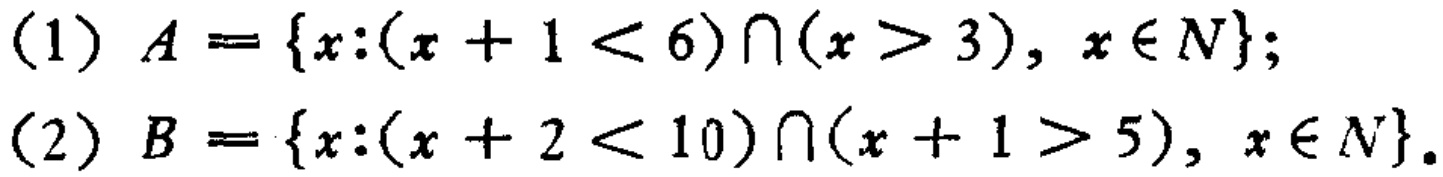
(1) \(A = \{x:(x + 1 < 6)\cap(x > 3), x\in N\}\);

(2) \(B = \{x:(x + 2 < 10)\cap(x + 1 > 5), x\in N\}\).